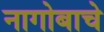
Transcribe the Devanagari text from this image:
नागोबाचे